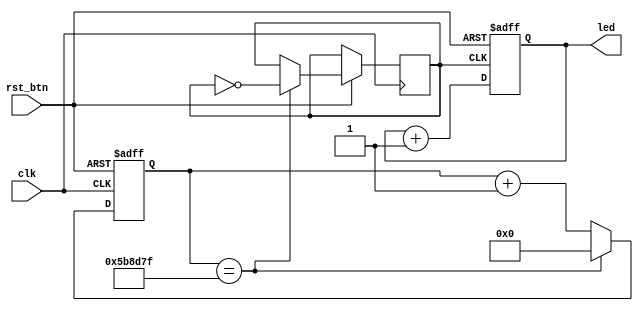

// Muthanna Alwahash
// Sept 2023

module clock_counter
    (
    input               clk,
    input               rst_btn,
    output  reg [3:0]   led
    );

    wire rst;
    reg div_clk;
    reg [31:0] count;
    localparam [31:0] max_count = 6000000 - 1;

    assign rst = ~rst_btn;

    // Counter
    always @ (posedge div_clk or posedge rst) 
        begin
            if (rst == 1'b1)
                begin
                    led <= 4'b0;
                end
            else 
                begin
                    led <= led + 1'b1;
                end
        end

    // Clock divider    
    always @ (posedge clk or posedge rst) 
        begin
            if (rst == 1'b1)
                begin
                    count <= 32'b0;
                end 
            else if (count == max_count) 
                begin
                    count <= 32'b0;
                    div_clk <= ~div_clk;
                end 
            else 
                begin
                    count <= count + 1;
                end
        end
    
endmodule